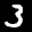
Label: 3